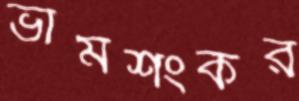
ভীমশংকর